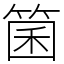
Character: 箘